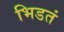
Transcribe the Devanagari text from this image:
भिडतं